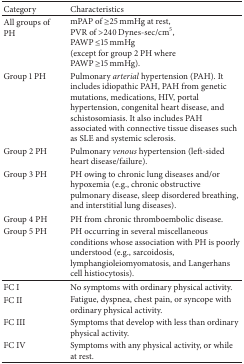
| Category | Characteristics |
 | --- | --- |
 | All groups of PH | mPAP of ≥25 mmHg at rest, PVR of >240 Dynes-sec/cm5, PAWP ≤15 mmHg (except for group 2 PH where PAWP ≥15 mmHg). |
 | Group 1 PH | Pulmonary arterial hypertension (PAH). It includes idiopathic PAH, PAH from genetic mutations, medications, HIV, portal hypertension, congenital heart disease, and schistosomiasis. It also includes PAH associated with connective tissue diseases such as SLE and systemic sclerosis. |
 | Group 2 PH | Pulmonary venous hypertension (left-sided heart disease/failure). |
 | Group 3 PH | PH owing to chronic lung diseases and/or hypoxemia (e.g., chronic obstructive pulmonary disease, sleep disordered breathing, and interstitial lung diseases). |
 | Group 4 PH | PH from chronic thromboembolic disease. |
 | Group 5 PH | PH occurring in several miscellaneous conditions whose association with PH is poorly understood (e.g., sarcoidosis, lymphangioleiomyomatosis, and Langerhans cell histiocytosis). |
 | FC I | No symptoms with ordinary physical activity. |
 | FC II | Fatigue, dyspnea, chest pain, or syncope with ordinary physical activity. |
 | FC III | Symptoms that develop with less than ordinary physical activity. |
 | FC IV | Symptoms with any physical activity, or while at rest. |